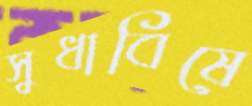
সুধাবিষে